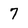
Character: 7